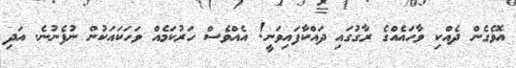
އޮވެގެން ދެއްކި ވާހައެއްގެ ރާގުގައި ދައްކާފައިވަނީ! އެއްވެސް ހަރުކަމެއް ވަހަކައަކުން ނުފެނުނެ. އަދި